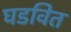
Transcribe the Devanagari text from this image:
घडवित